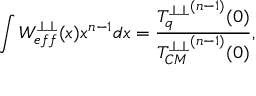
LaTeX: \int W _ { e f f } ^ { \perp \perp } ( x ) x ^ { n - 1 } d x = \frac { { T _ { q } ^ { \perp \perp } } ^ { ( n - 1 ) } ( 0 ) } { { T _ { C M } ^ { \perp \perp } } ^ { ( n - 1 ) } ( 0 ) } ,